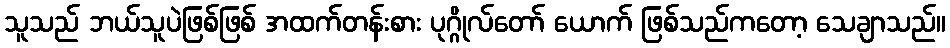
သူသည် ဘယ်သူပဲဖြစ်ဖြစ် အထက်တန်းစား ပုဂ္ဂိုလ်တော် ယောက် ဖြစ်သည်ကတော့ သေချာသည်။